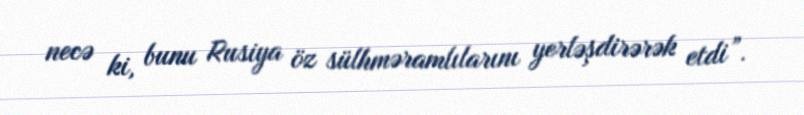
necə ki, bunu Rusiya öz sülhməramlılarını yerləşdirərək etdi”.